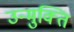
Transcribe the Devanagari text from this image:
उन्मुक्‍ति